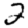
Digit: 2